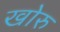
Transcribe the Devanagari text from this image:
खोरु